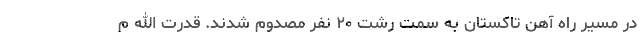
در مسیر راه آهن تاکستان به سمت رشت ۲۰ نفر مصدوم شدند. قدرت الله م